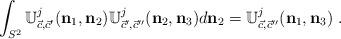
LaTeX: \begin{align*}\int_{S^{2}}\mathbb{U}_{\vec{c},{\vec{c}}^{\prime}}^{j}(\mathbf{n}_{1},\mathbf{n}_{2})\mathbb{U}_{\vec{c}^{\prime},{\vec{c}}^{\prime\prime}}^{j}(\mathbf{n}_{2},\mathbf{n}_{3})d\mathbf{n}_{2}=\mathbb{U}_{\vec{c},{\vec{c}}^{\prime\prime}}^{j}(\mathbf{n}_{1},\mathbf{n}_{3})\ .\end{align*}